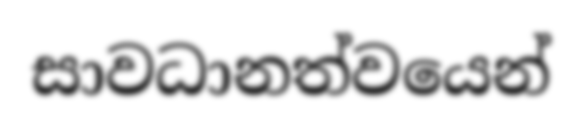
සාවධානත්වයෙන්